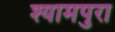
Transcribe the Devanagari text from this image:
श्यामपुरा